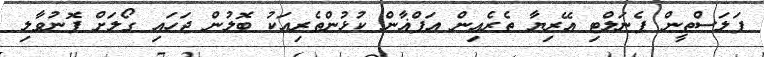
ފަލަސްތީން ޕެނަލްޓި އޭރިޔާ ތެރެއިން އަފްޣާން ކުޅުންތެރިއަކު ބޮލުން ޖަހައި ގޯލަށް ފޮނުވާލި